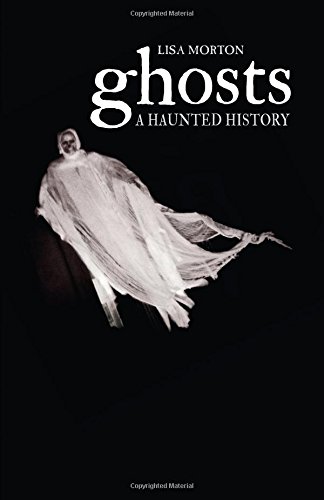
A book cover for Ghosts: A Haunted History; Lisa Morton; Religion & Spirituality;